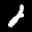
Label: 2